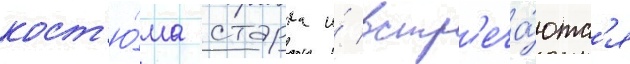
кост'ю́ма старка и́ встр'еча́ютс'я